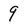
Character: 9